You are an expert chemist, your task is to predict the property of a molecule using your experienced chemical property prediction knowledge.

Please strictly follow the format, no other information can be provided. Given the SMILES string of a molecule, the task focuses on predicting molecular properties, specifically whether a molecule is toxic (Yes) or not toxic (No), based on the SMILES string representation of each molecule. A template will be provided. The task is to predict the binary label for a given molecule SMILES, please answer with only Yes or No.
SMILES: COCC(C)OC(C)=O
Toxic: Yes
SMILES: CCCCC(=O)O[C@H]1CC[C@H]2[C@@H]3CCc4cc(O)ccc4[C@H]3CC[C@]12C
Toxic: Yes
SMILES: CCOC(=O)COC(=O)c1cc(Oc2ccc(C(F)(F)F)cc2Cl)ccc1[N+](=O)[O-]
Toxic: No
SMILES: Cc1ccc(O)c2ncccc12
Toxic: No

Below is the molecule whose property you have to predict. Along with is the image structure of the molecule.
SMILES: CC(CCc1ccccc1)NCC(O)c1ccc(O)c(C(N)=O)c1
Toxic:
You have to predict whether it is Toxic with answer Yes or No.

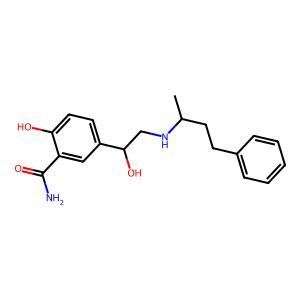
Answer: No